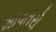
માવતરો